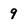
Character: 9